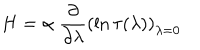
LaTeX: H = \alpha \ \frac { \partial } { \partial \lambda } \left( \ln \tau ( \lambda ) \right) _ { \lambda = 0 }